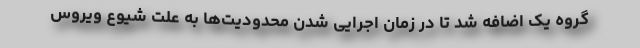
گروه یک اضافه شد تا در زمان اجرایی شدن محدودیت‌ها به علت شیوع ویروس